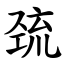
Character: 巯